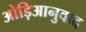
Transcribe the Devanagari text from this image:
ओड़िआनुवाद